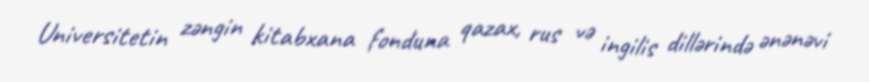
Universitetin zəngin kitabxana fonduna qazax, rus və ingilis dillərində ənənəvi